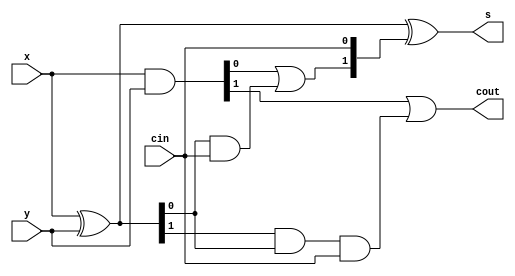
module cla_2(x,y,cin,s,cout);
	
	input [1:0] x,y;
	input cin;
	output cout;
	output [1:0] s;
	wire [1:0] p,g,c;

	assign p = x^y; //propagate
	assign g = x&y; //generate

	assign c[0] = cin;
	assign c[1] = g[0]|(p[0]&c[0]);
	assign cout = g[1]|(p[1]&p[0]&c[0]);
	assign s = p^c;

endmodule

module cla_3(x,y,cin,s,cout);
	
	input [2:0] x,y;
	input cin;
	output cout;
	output [2:0] s;
	wire [2:0] p,g,c;

	assign p = x^y; //propagate
	assign g = x&y; //generate

	assign c[0] = cin;
	assign c[1] = g[0]|(p[0]&c[0]);
	assign c[2] = g[1]|(p[1]&g[0])|(p[1]&p[0]&c[0]);
	assign cout = g[2]|(p[2]&g[1])|(p[2]&p[1]&p[0]&c[0]);
	assign s = p^c;

endmodule

module cla_4(x,y,cin,s,cout);
	
	input [3:0] x,y;
	input cin;
	output cout;
	output [3:0] s;
	wire [3:0] p,g,c;

	assign p = x^y; //propagate
	assign g = x&y; //generate

	assign c[0] = cin;
	assign c[1] = g[0]|(p[0]&c[0]);
	assign c[2] = g[1]|(p[1]&g[0])|(p[1]&p[0]&c[0]);
	assign c[3] = g[2]|(p[2]&g[1])|(p[2]&p[1]&g[0])|(p[2]&p[1]&p[0]&c[0]);
	assign cout = g[3]|(p[3]&g[2])|(p[3]&p[2]&g[1])|(p[3]&p[2]&p[1]&p[0]&c[0]);
	assign s = p^c;

endmodule

module cla_5(x,y,cin,s,cout);
	
	input [4:0] x,y;
	input cin;
	output cout;
	output [4:0] s;
	wire [4:0] p,g,c;

	assign p = x^y; //propagate
	assign g = x&y; //generate

	assign c[0] = cin;
	assign c[1] = g[0]|(p[0]&c[0]);
	assign c[2] = g[1]|(p[1]&g[0])|(p[1]&p[0]&c[0]);
	assign c[3] = g[2]|(p[2]&g[1])|(p[2]&p[1]&g[0])|(p[2]&p[1]&p[0]&c[0]);
	assign c[4] = g[3]|(p[3]&g[2])|(p[3]&p[2]&g[1])|(p[3]&p[2]&p[1]&g[0])|(p[3]&p[2]&p[1]&p[0]&c[0]);
	assign cout = g[4]|(p[4]&g[3])|(p[4]&p[3]&g[2])|(p[4]&p[3]&p[2]&g[1])|(p[4]&p[3]&p[2]&p[1]&p[0]&c[0]);
	assign s = p^c;

endmodule

module cla_6(x,y,cin,s,cout);
	
	input [5:0] x,y;
	input cin;
	output cout;
	output [5:0] s;
	wire [5:0] p,g,c;

	assign p = x^y; //propagate
	assign g = x&y; //generate

	assign c[0] = cin;
	assign c[1] = g[0]|(p[0]&c[0]);
	assign c[2] = g[1]|(p[1]&g[0])|(p[1]&p[0]&c[0]);
	assign c[3] = g[2]|(p[2]&g[1])|(p[2]&p[1]&g[0])|(p[2]&p[1]&p[0]&c[0]);
	assign c[4] = g[3]|(p[3]&g[2])|(p[3]&p[2]&g[1])|(p[3]&p[2]&p[1]&g[0])|(p[3]&p[2]&p[1]&p[0]&c[0]);
	assign c[5] = g[4]|(p[4]&g[3])|(p[4]&p[3]&g[2])|(p[4]&p[3]&p[2]&g[1])|(p[4]&p[3]&p[2]&p[1]&g[0])|(p[4]&p[3]&p[2]&p[1]&p[0]&c[0]);
	assign cout = g[5]|(p[5]&g[4])|(p[5]&p[4]&g[3])|(p[5]&p[4]&p[3]&g[2])|(p[5]&p[4]&p[3]&p[2]&g[1])|(p[5]&p[4]&p[3]&p[2]&p[1]&p[0]&c[0]);
	
	assign s = p^c;

endmodule

module cla_7(x,y,cin,s,cout);
	
	input [6:0] x,y;
	input cin;
	output cout;
	output [6:0] s;
	wire [6:0] p,g,c;

	assign p = x^y; //propagate
	assign g = x&y; //generate

	assign c[0] = cin;
	assign c[1] = g[0]|(p[0]&c[0]);
	assign c[2] = g[1]|(p[1]&g[0])|(p[1]&p[0]&c[0]);
	assign c[3] = g[2]|(p[2]&g[1])|(p[2]&p[1]&g[0])|(p[2]&p[1]&p[0]&c[0]);
	assign c[4] = g[3]|(p[3]&g[2])|(p[3]&p[2]&g[1])|(p[3]&p[2]&p[1]&g[0])|(p[3]&p[2]&p[1]&p[0]&c[0]);
	assign c[5] = g[4]|(p[4]&g[3])|(p[4]&p[3]&g[2])|(p[4]&p[3]&p[2]&g[1])|(p[4]&p[3]&p[2]&p[1]&g[0])|(p[4]&p[3]&p[2]&p[1]&p[0]&c[0]);
	assign c[6] = g[5]|(p[5]&g[4])|(p[5]&p[4]&g[3])|(p[5]&p[4]&p[3]&g[2])|(p[5]&p[4]&p[3]&p[2]&g[1])|(p[5]&p[4]&p[3]&p[2]&p[1]&g[0])|(p[5]&p[4]&p[3]&p[2]&p[1]&p[0]&c[0]);
	assign cout = g[6]|(p[6]&g[5])|(p[6]&p[5]&g[4])|(p[6]&p[5]&p[4]&g[3])|(p[6]&p[5]&p[4]&p[3]&g[2])|(p[6]&p[5]&p[4]&p[3]&p[2]&g[1])|(p[6]&p[5]&p[4]&p[3]&p[2]&p[1]&p[0]&c[0]);
	
	assign s = p^c;

endmodule